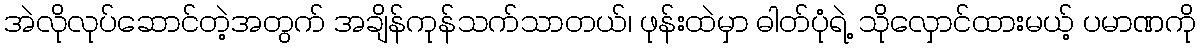
အဲလိုလုပ်ဆောင်တဲ့အတွက် အချိန်ကုန်သက်သာတယ်၊ ဖုန်းထဲမှာ ဓါတ်ပုံရဲ့ သိုလှောင်ထားမယ့် ပမာဏကို